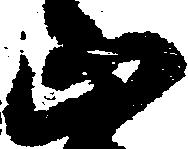
正